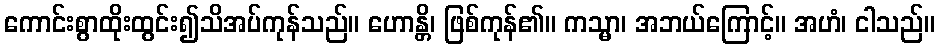
ကောင်းစွာထိုးထွင်း၍သိအပ်ကုန်သည်။ ဟောန္တိ၊ ဖြစ်ကုန်၏။ ကသ္မာ၊ အဘယ်ကြောင့်။ အဟံ၊ ငါသည်။